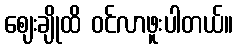
ဈေးချိုထိ ဝင်လာဖူးပါတယ်။